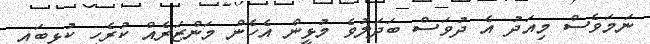
ނަމަވެސް މިއަދު އެ ދުވަސް ބަދަލުވެ މުޅީން އެހެން މަންޒަރެއް ކުރެހި ކުޅިބައި